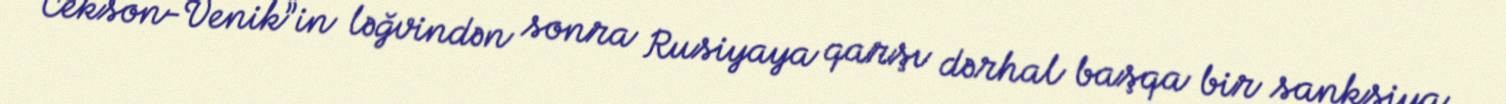
“Cekson-Venik”in ləğvindən sonra Rusiyaya qarşı dərhal başqa bir sanksiya